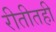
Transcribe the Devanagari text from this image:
रीतीतही